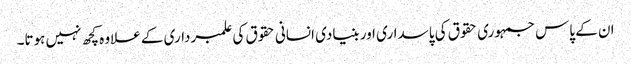
ان کے پاس جمہوری حقوق کی پاسداری اور بنیادی انسانی حقوق کی علمبرداری کے علاوہ کچھ نہیں ہوتا۔